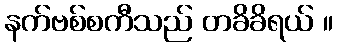
နက်ဗစ်စကီသည် တခိခိရယ် ။